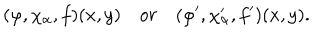
( \varphi , \chi _ { \alpha } , f ) ( x , y ) \quad o r \quad ( \varphi ^ { \prime } , \chi _ { \alpha } ^ { \prime } , f ^ { \prime } ) ( x , y ) .